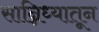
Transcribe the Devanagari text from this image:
सान्निध्यातून